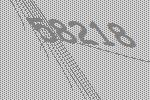
58218